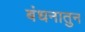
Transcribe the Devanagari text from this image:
बंधनातुन